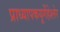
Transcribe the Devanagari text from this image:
प्राध्यापकयूर्गेंहेश्लेर